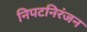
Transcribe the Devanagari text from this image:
निपटनिरंजन